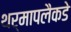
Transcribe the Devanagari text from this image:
थर्मापलैकडे